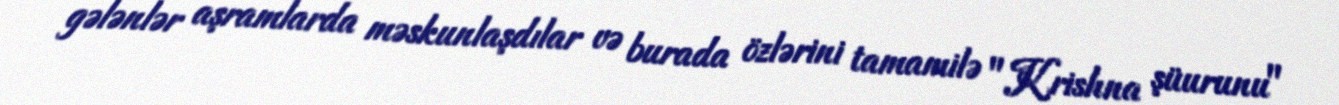
gələnlər aşramlarda məskunlaşdılar və burada özlərini tamamilə "Krishna şüurunu"